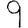
Digit: 9